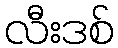
လီးဒစ်